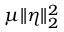
\mu \| \boldsymbol { \eta } \| _ { 2 } ^ { 2 }